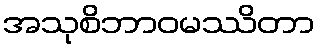
အသုစိဘာဝမဿိတာ